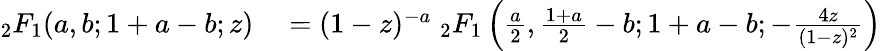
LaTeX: \begin{array}{rl}{_{2}F_{1}(a,b;1+a-b;z)}&{{}=(1-z)^{-a}\; _{2}F_{1}\left({\frac{a}{2}},{\frac{1+a}{2}}-b;1+a-b;-{\frac{4z}{(1-z)^{2}}}\right)}\end{array}